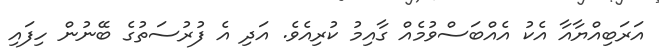
އަރަބިއްޔާއާ އެކު އެއްބަސްވުމެއް ގާއިމު ކުރިއެވެ. އަދި އެ ފުރުސަތުގެ ބޭނުން ހިފައި